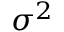
\sigma ^ { 2 }